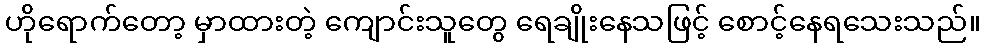
ဟိုရောက်တော့ မှာထားတဲ့ ကျောင်းသူတွေ ရေချိုးနေသဖြင့် စောင့်နေရသေးသည်။